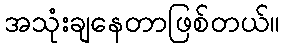
အသုံးချနေတာဖြစ်တယ်။